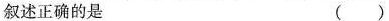
叙述正确的是 ()